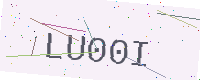
Text: LU00I